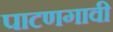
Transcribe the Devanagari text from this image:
पाटणगावी